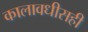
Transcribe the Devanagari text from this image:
कालावधीसही